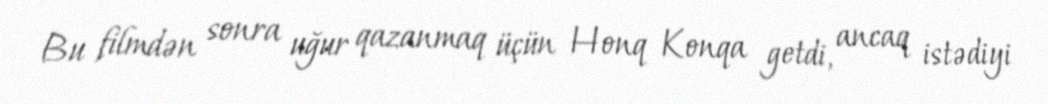
Bu filmdən sonra uğur qazanmaq üçün Honq Konqa getdi, ancaq istədiyi